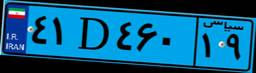
۴۱D۴۶۰۱۹